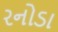
રનોડા